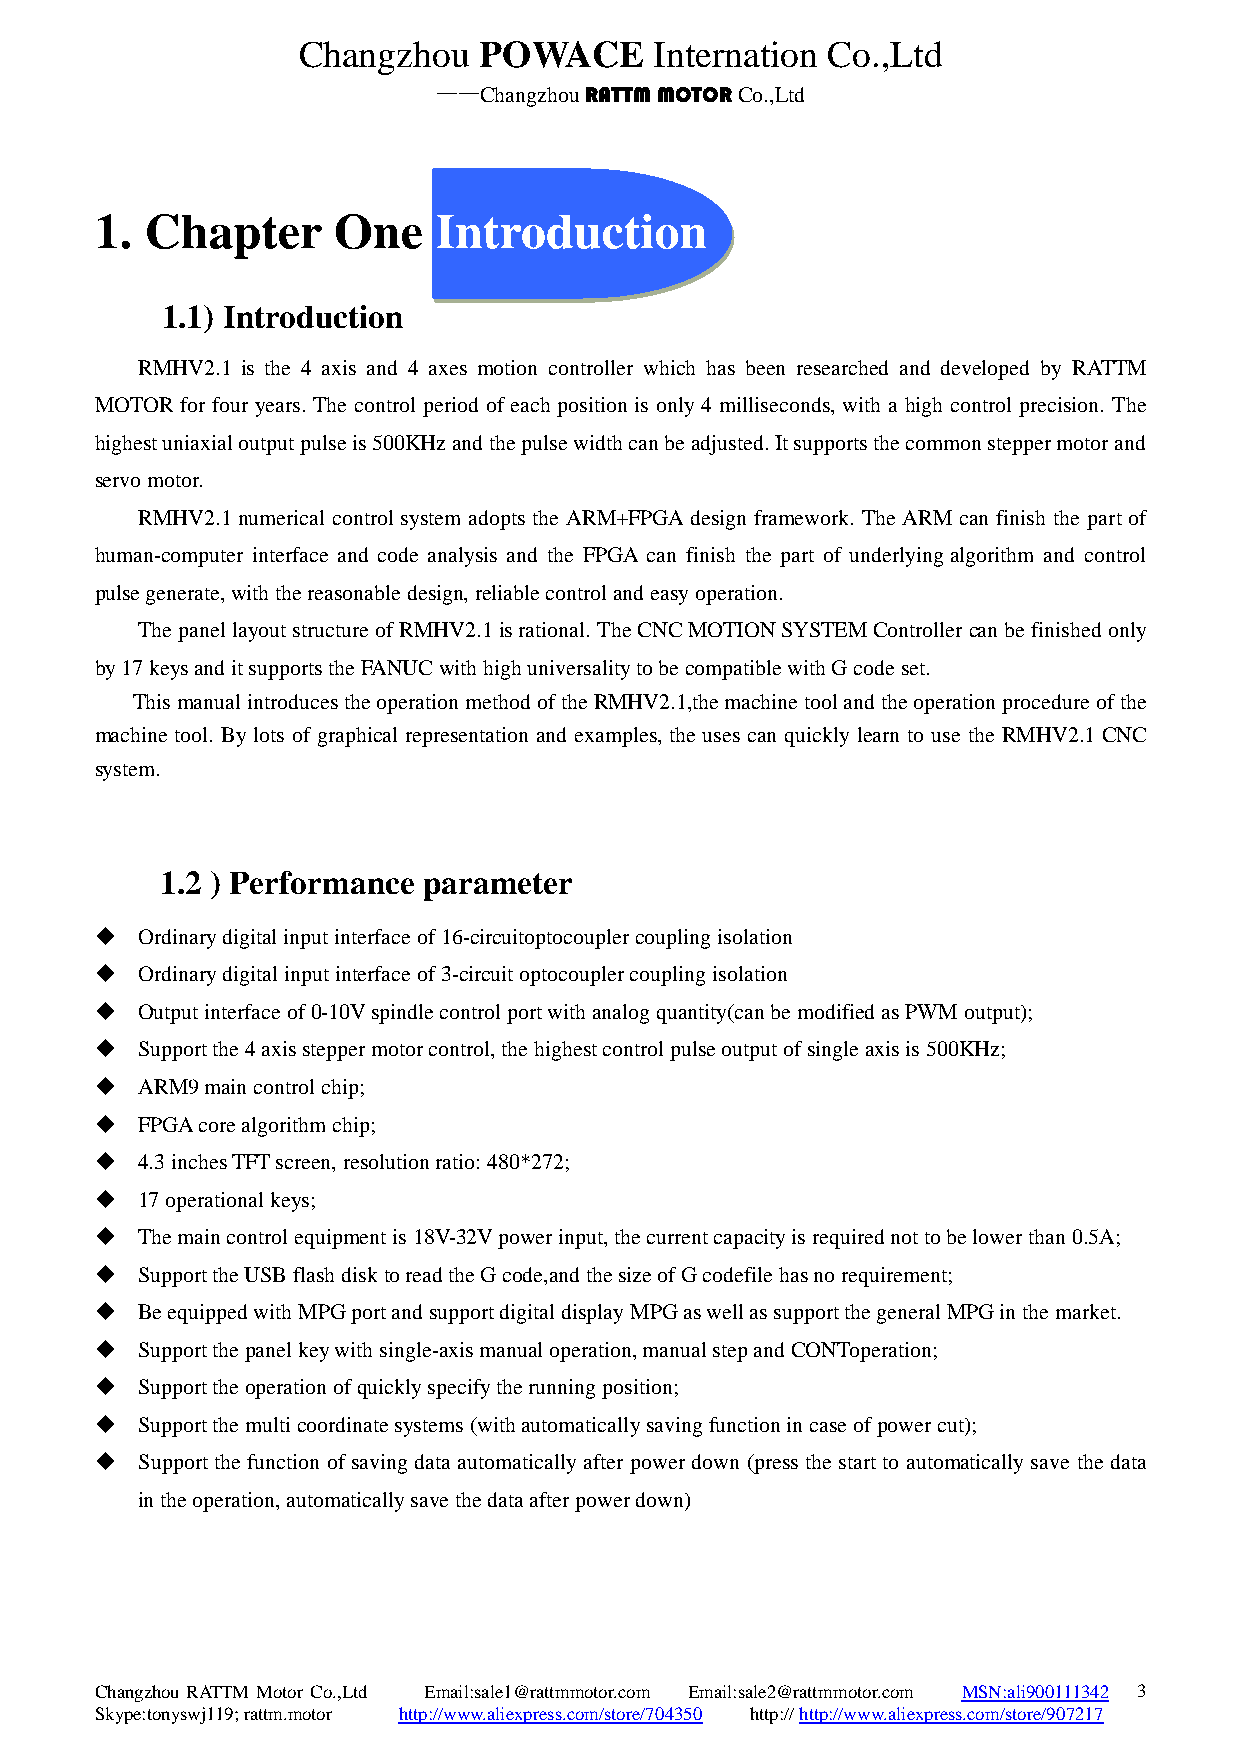
Changzhou   POWACE     Internation Co.,Ltd
 ——Changzhou RATTM MOTOR Co.,Ltd
 1.  Chapter     One    Introduction
 1.1) Introduction
 RMHV2.1 is the 4 axis and 4 axes motion controller which has been researched and developed by RATTM
 MOTOR for four years. The control period of each position is only 4 milliseconds, with a high control precision. The
 highest uniaxial output pulse is 500KHz and the pulse width can be adjusted. It supports the common stepper motor and
 servo motor.
 RMHV2.1 numerical control system adopts the ARM+FPGA design framework. The ARM can finish the part of
 human-computer interface and code analysis and the FPGA can finish the part of underlying algorithm and control
 pulse generate, with the reasonable design, reliable control and easy operation.
 The panel layout structure of RMHV2.1 is rational. The CNC MOTION SYSTEM Controller can be finished only
 by 17 keys and it supports the FANUC with high universality to be compatible with G code set.
 This manual introduces the operation method of the RMHV2.1,the machine tool and the operation procedure of the
 machine tool. By lots of graphical representation and examples, the uses can quickly learn to use the RMHV2.1 CNC
 system.
 1.2 ) Performance parameter
   Ordinary digital input interface of 16-circuitoptocoupler coupling isolation
   Ordinary digital input interface of 3-circuit optocoupler coupling isolation
   Output interface of 0-10V spindle control port with analog quantity(can be modified as PWM output);
   Support the 4 axis stepper motor control, the highest control pulse output of single axis is 500KHz;
   ARM9 main control chip;
   FPGA core algorithm chip;
   4.3 inches TFT screen, resolution ratio: 480*272;
   17 operational keys;
   The main control equipment is 18V-32V power input, the current capacity is required not to be lower than 0.5A;
   Support the USB flash disk to read the G code,and the size of G codefile has no requirement;
   Be equipped with MPG port and support digital display MPG as well as support the general MPG in the market.
   Support the panel key with single-axis manual operation, manual step and CONToperation;
   Support the operation of quickly specify the running position;
   Support the multi coordinate systems (with automatically saving function in case of power cut);
   Support the function of saving data automatically after power down (press the start to automatically save the data
 in the operation, automatically save the data after power down)
 Changzhou RATTM Motor Co.,Ltd Email:sale1@rattmmotor.com Email:sale2@rattmmotor.com MSN:ali900111342 3
 Skype:tonyswj119; rattm.motor http://www.aliexpress.com/store/704350 http:// http://www.aliexpress.com/store/907217